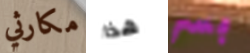
مكارثي هذا بسر